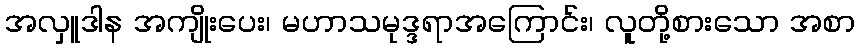
အလှူဒါန အကျိုးပေး၊ မဟာသမုဒ္ဒရာအကြောင်း၊ လူတို့စားသော အစာ